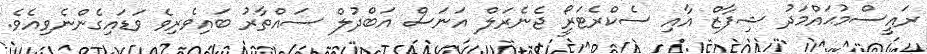
ރައީސްމުޙައްމަދު ޝިފާޒް އާއި ސެކްރެޓަރީޯ ޖެނެރަލް އަނަސް އަބްދުލް ސައްތާރު ބައިވެރިވެ ވަޑައިގެންނެވިއެވެ.